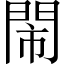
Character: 閙